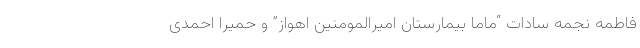
فاطمه نجمه سادات “ماما بیمارستان امیرالمومنین اهواز” و حمیرا احمدی